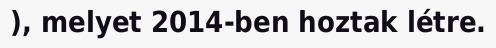
), melyet 2014-ben hoztak létre.